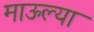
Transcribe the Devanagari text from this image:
माऊल्या